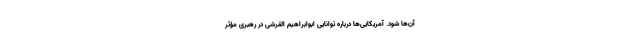
آن‌ها شود. آمریکایی‌ها درباره توانایی ابوابراهیم القرشی در رهبری مؤثر